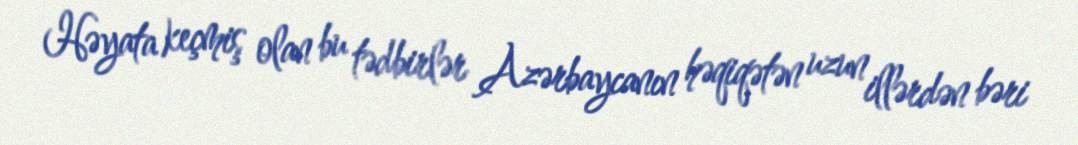
Həyata keçmiş olan bu tədbirlər Azərbaycanın həqiqətən uzun illərdən bəri